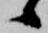
候